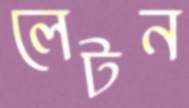
লেটন